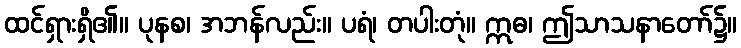
ထင်ရှားရှိ၏။ ပုနစ၊ အဘန်လည်း။ ပရံ၊ တပါးတုံ။ ဣဓ၊ ဤသာသနာတော်၌။